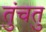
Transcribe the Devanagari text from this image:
तुंचतु